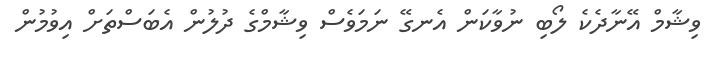
ވިޝާމް އޭނާދެކެ ލޯބި ނުވާކަން އެނގޭ ނަމަވެސް ވިޝާމްގެ ދުލުން އެބަސްތަށް އިވުމުން